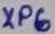
Text: XP6